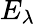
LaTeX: E_{\lambda}